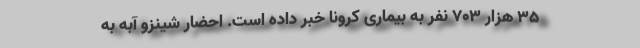
35 هزار 703 نفر به بیماری کرونا خبر داده است. احضار شینزو آبه به